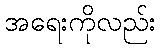
အရေးကိုလည်း